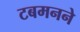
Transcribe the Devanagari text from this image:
टबमनने